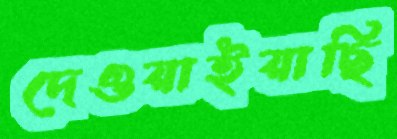
দেওয়াইয়াছি